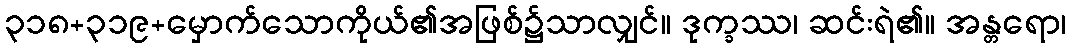
၃၁၈+၃၁၉+မှောက်သောကိုယ်၏အဖြစ်၌သာလျှင်။ ဒုက္ခဿ၊ ဆင်းရဲ၏။ အန္တရော၊